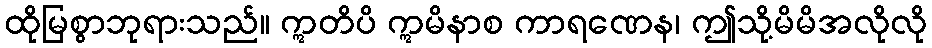
ထိုမြစွာဘုရားသည်။ ဣတိပိ ဣမိနာစ ကာရဏေန၊ ဤသို့မိမိအလိုလို